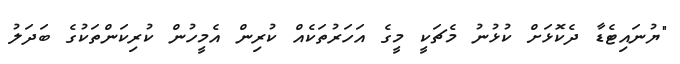
"ޔުނައިޓެޑާ ދެކޮޅަށް ކުޅުނު މެޗަކީ މީގެ އަހަރުތަކެއް ކުރިން އެމީހުން ކުރިކަންތަކުގެ ބަދަލު